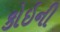
કોઇની